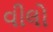
વીલો